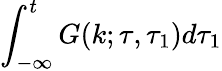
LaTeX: \int_{-\infty}^{t}G(k;\tau,\tau_{1})d\tau_{1}